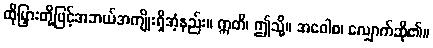
ထိုမြှားတို့ဖြင့်အဘယ်အကျိုးရှိအံ့နည်း။ ဣတိ၊ ဤသို့။ အဝေါစ၊ လျှောက်ဆို၏။